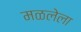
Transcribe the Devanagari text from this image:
मळलेला